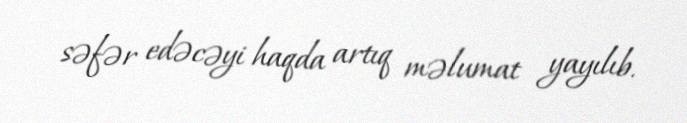
səfər edəcəyi haqda artıq məlumat yayılıb.